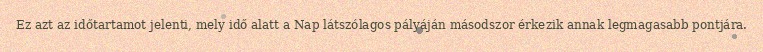
Ez azt az időtartamot jelenti, mely idő alatt a Nap látszólagos pályáján másodszor érkezik annak legmagasabb pontjára.